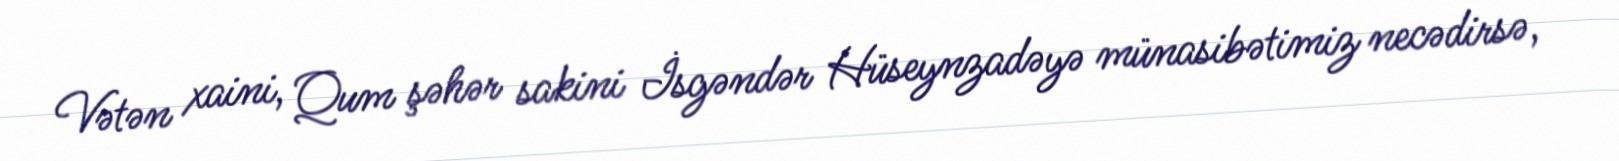
Vətən xaini, Qum şəhər sakini İsgəndər Hüseynzadəyə münasibətimiz necədirsə,